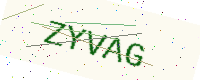
Text: ZYVAG